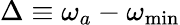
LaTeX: \Delta\equiv\omega_{a}-\omega_{\mathrm{{min}}}